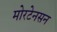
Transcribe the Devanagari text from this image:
मोरटेनसन